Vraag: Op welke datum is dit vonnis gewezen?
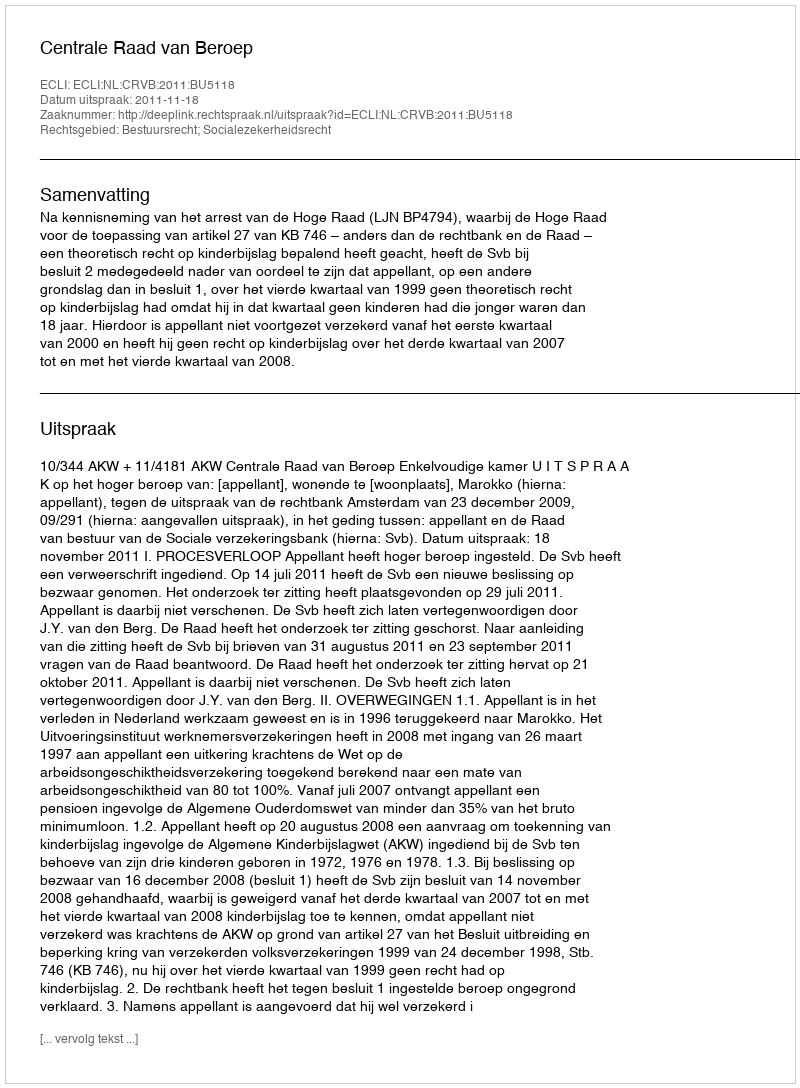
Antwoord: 2011-11-18